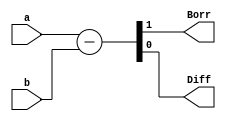
module HALFSUB_BEHAV
(
input a,b,
output Borr,Diff
);

assign{Borr,Diff}=a-b;
endmodule